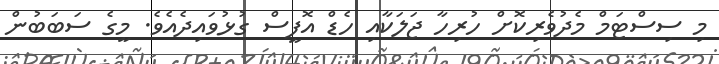
މި ސިސްޓަމް މެދުވެރިކޮށް ހުރިހާ ޖަލަކާއި ހެޑް އޮފީސް ގުޅުވައިދެއެވެ. މީގެ ސަބަބުން